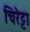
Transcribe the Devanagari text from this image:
चिरेट्टा